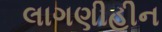
લાગણીહીન